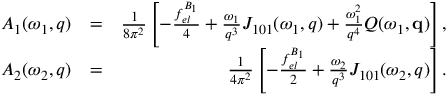
\begin{array} { r l r } { { \cal A } _ { 1 } ( \omega _ { 1 } , q ) } & { = } & { \frac { 1 } { 8 \pi ^ { 2 } } \left[ - \frac { f _ { e l } ^ { B _ { 1 } } } { 4 } + \frac { \omega _ { 1 } } { q ^ { 3 } } { \cal J } _ { 1 0 1 } ( \omega _ { 1 } , q ) + \frac { \omega _ { 1 } ^ { 2 } } { q ^ { 4 } } { \cal Q } ( \omega _ { 1 } , \mathbf { q } ) \right] , } \\ { { \cal A } _ { 2 } ( \omega _ { 2 } , q ) } & { = } & { \frac { 1 } { 4 \pi ^ { 2 } } \left[ - \frac { f _ { e l } ^ { B _ { 1 } } } { 2 } + \frac { \omega _ { 2 } } { q ^ { 3 } } { \cal J } _ { 1 0 1 } ( \omega _ { 2 } , q ) \right] . } \end{array}